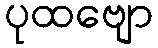
ပုထဗျော